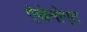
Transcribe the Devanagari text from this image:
ऐथेनोएट